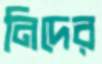
নিদের